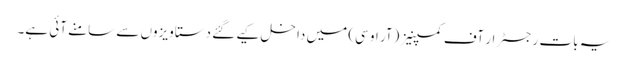
یہ بات رجسٹرار آف کمپنیز (آر او سی) میں داخل کیے گئے دستاویزوں سے سامنے آئی ہے۔